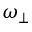
\omega _ { \perp }